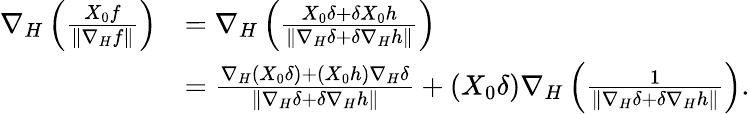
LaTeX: \begin{array}{rl}{\nabla_{H}\left(\frac{X_{0}f}{\left\| \nabla_{H}f\right\| }\right)}&{=\nabla_{H}\left(\frac{X_{0}\delta+\delta X_{0}h}{\left\| \nabla_{H}\delta+\delta\nabla_{H}h\right\| }\right)}\\ &{=\frac{\nabla_{H}(X_{0}\delta)+(X_{0}h)\nabla_{H}\delta}{\left\| \nabla_{H}\delta+\delta\nabla_{H}h\right\| }+(X_{0}\delta)\nabla_{H}\left(\frac{1}{\left\| \nabla_{H}\delta+\delta\nabla_{H}h\right\| }\right).}\end{array}